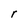
Character: r